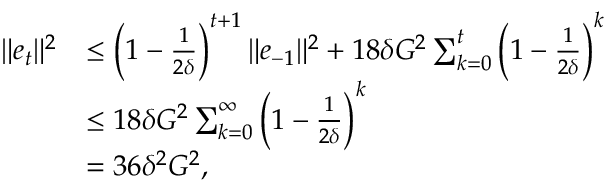
\begin{array} { r l } { \Vert e _ { t } \Vert ^ { 2 } } & { \leq \left( 1 - \frac { 1 } { 2 \delta } \right) ^ { t + 1 } \Vert e _ { - 1 } \Vert ^ { 2 } + 1 8 \delta G ^ { 2 } \sum _ { k = 0 } ^ { t } \left( 1 - \frac { 1 } { 2 \delta } \right) ^ { k } } \\ & { \leq 1 8 \delta G ^ { 2 } \sum _ { k = 0 } ^ { \infty } \left( 1 - \frac { 1 } { 2 \delta } \right) ^ { k } } \\ & { = 3 6 \delta ^ { 2 } G ^ { 2 } , } \end{array}